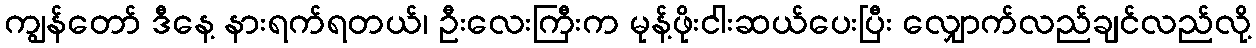
ကျွန်တော် ဒီနေ့ နားရက်ရတယ်၊ ဦးလေးကြီးက မုန့်ဖိုးငါးဆယ်ပေးပြီး လျှောက်လည်ချင်လည်လို့